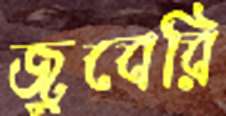
জুবেরি